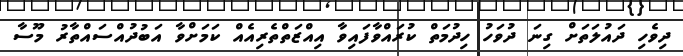
ދިވެހި ދައުލަތަށް ގިނަ ދުވަހު ހިދުމަތް ކުރައްވާފައިވާ އިއްޒަތްތެރިއެއް ކަމަށްވާ އަބުދުއްސައްތާރު މޫސާ